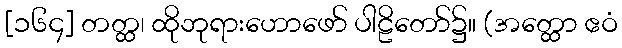
[၁၆၄] တတ္ထ၊ ထိုဘုရားဟောဖော် ပါဠိတော်၌။ (အတ္ထော ဧဝံ